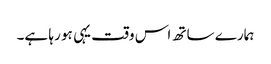
ہمارے ساتھ اس وقت یہی ہو رہا ہے۔